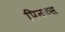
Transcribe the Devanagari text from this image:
पिनकस